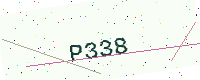
Text: P338